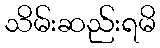
သိမ်းဆည်းရမိ